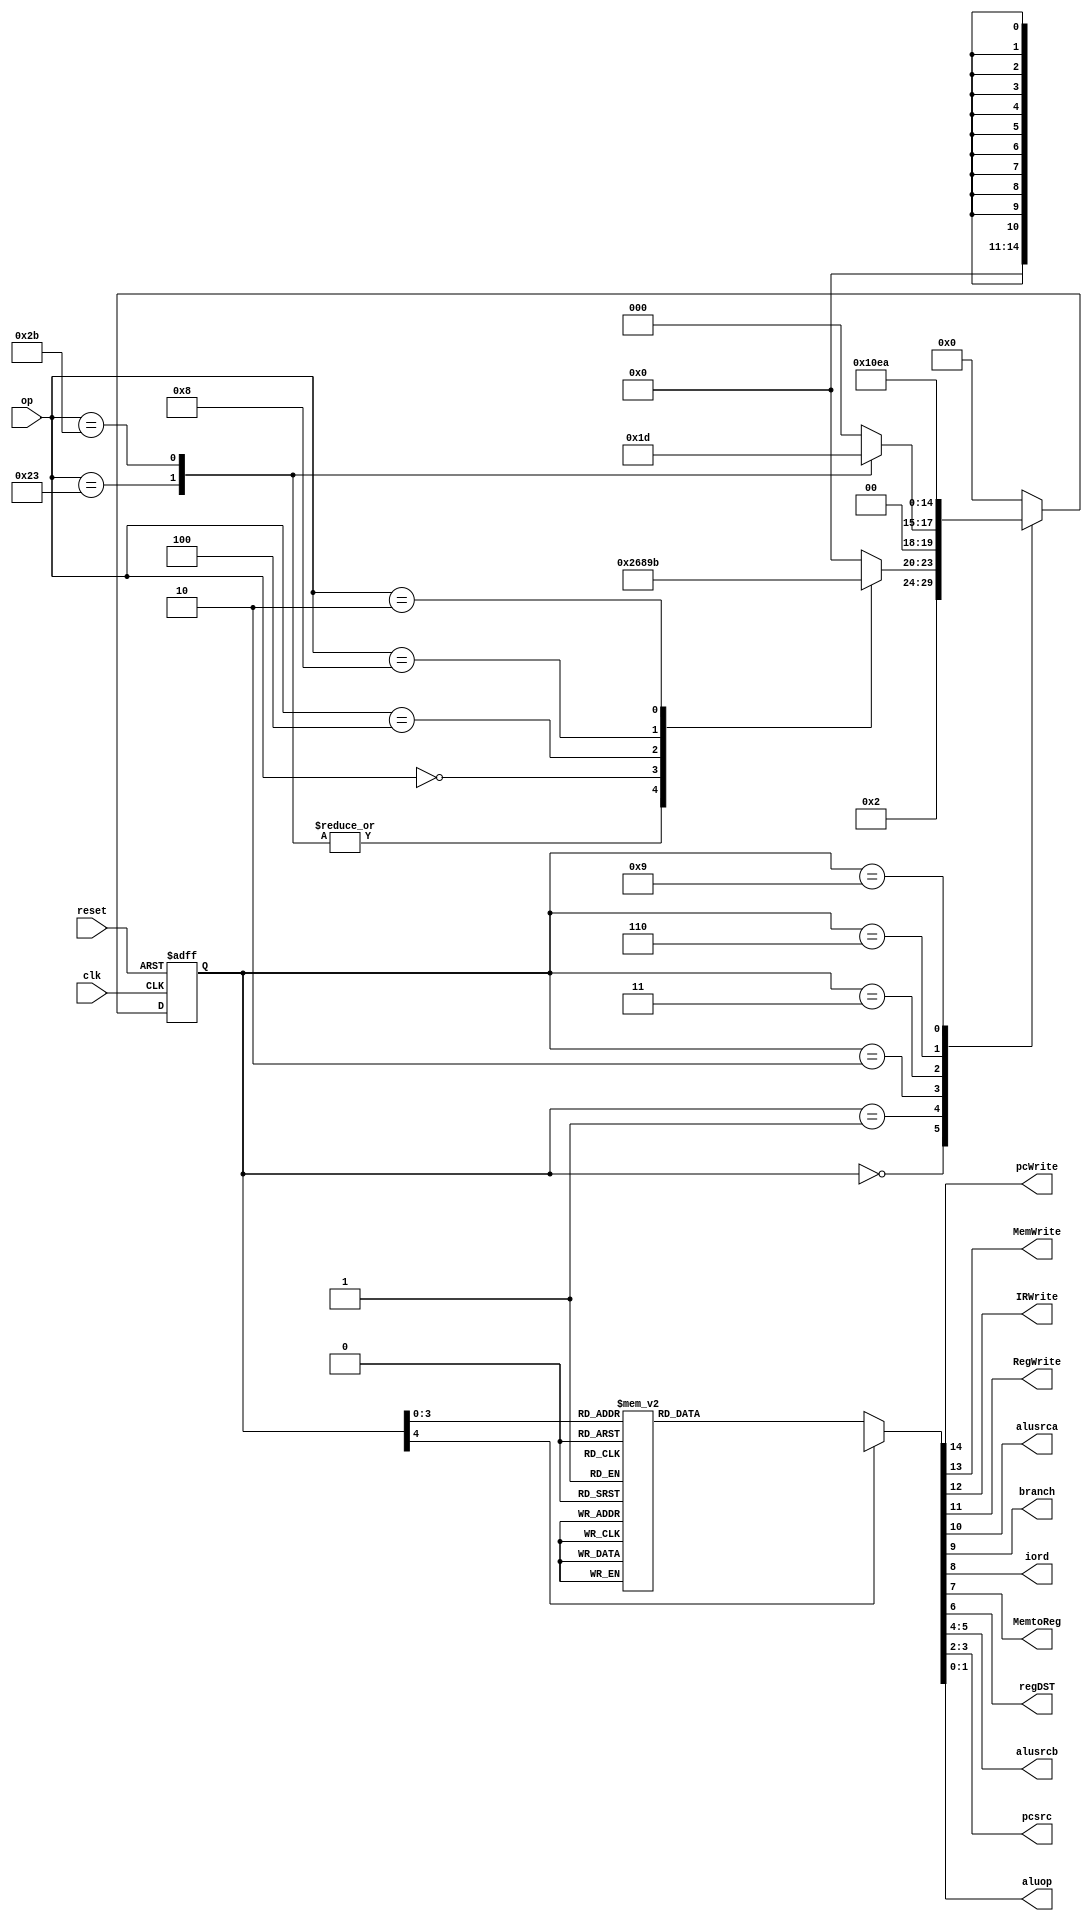
`timescale 1ns / 1ps

module maindec(input clk, reset, 
					input [5:0] op,
					output pcWrite, MemWrite, IRWrite, RegWrite,
					output alusrca, branch, iord, MemtoReg, regDST,
					output [1:0] alusrcb, pcsrc,
					output [1:0] aluop);
					
reg [4:0] state, nextstate;
reg [14:0] controls;


parameter FETCH   = 5'b00000; // State 0
parameter DECODE  = 5'b00001; // State 1
parameter MEMADR  = 5'b00010; // State 2
parameter MEMRD   = 5'b00011; // State 3
parameter MEMWB   = 5'b00100; // State 4
parameter MEMWR   = 5'b00101; // State 5
parameter RTYPEEX = 5'b00110; // State 6
parameter RTYPEWB = 5'b00111; // State 7
parameter BEQEX   = 5'b01000; // State 8
parameter ADDIEX  = 5'b01001; // State 9
parameter ADDIWB  = 5'b01010; // State A
parameter JEX     = 5'b01011; // State B

//op codes
parameter LW    = 6'b100011; // LW
parameter SW    = 6'b101011; // SW
parameter RTYPE = 6'b000000; // R-Type
parameter BEQ   = 6'b000100; // BEQ
parameter ADDI  = 6'b001000; // ADDI
parameter J     = 6'b000010; // J

// state register
always @(posedge clk or posedge reset)
	if(reset) 
		state <= FETCH;
	else state <= nextstate;


	
// next state logic
always@(*)
	case(state)
	FETCH: nextstate <= DECODE;
	DECODE: case(op)
				LW:	   nextstate <= MEMADR;
				SW:	   nextstate <= MEMADR;
				RTYPE:	nextstate <= RTYPEEX;
				BEQ:	   nextstate <= BEQEX;
				ADDI: 	nextstate <= ADDIEX;
				J:	      nextstate <= JEX;
				// should never happen
				default: nextstate <= FETCH;
				endcase
				
	MEMADR: case(op)
				LW:	   nextstate <= MEMRD;
				SW:	   nextstate <= MEMWR;
				// should never happen
				default: nextstate <= FETCH;
				endcase
				
	MEMRD:	nextstate <= MEMWB;
	MEMWB:	nextstate <= FETCH;
	MEMWR:	nextstate <= FETCH;
	RTYPEEX: nextstate <= RTYPEWB;
	RTYPEWB: nextstate <= FETCH;
	BEQEX:   nextstate <= FETCH;
	ADDIEX:	nextstate <= ADDIWB;
	ADDIWB:  nextstate <= FETCH;
	JEX:	   nextstate <= FETCH;
	// should never happen
	default: nextstate <= FETCH;
	endcase
	
	// output logic
	assign {pcWrite, MemWrite, IRWrite, RegWrite, alusrca, branch, iord,
	MemtoReg, regDST, alusrcb, pcsrc, aluop} = controls;
	
	always @(*)
	case(state)
		FETCH:	controls <= 15'b1010_00000_0100_00;
		DECODE:  controls <= 15'b0000_00000_1100_00;
		MEMADR:  controls <= 15'b0000_10000_1000_00;
		MEMRD:   controls <= 15'b0000_00100_0000_00;
		MEMWB:   controls <= 15'b0001_00010_0000_00;
		MEMWR:   controls <= 15'b0100_00100_0000_00;
		RTYPEEX: controls <= 15'b0000_10000_0000_10;
		RTYPEWB: controls <= 15'b0001_00001_0000_00;
		BEQEX:   controls <= 15'b0000_11000_0001_01;
		ADDIEX:  controls <= 15'b0000_10000_1000_00;
		ADDIWB:  controls <= 15'b0001_00000_0000_00;
		JEX:     controls <= 15'b1000_00000_0010_00;
		default: controls <= 15'b0000_xxxxx_xxxx_xx;
		
	endcase

endmodule